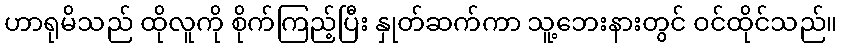
ဟာရုမိသည် ထိုလူကို စိုက်ကြည့်ပြီး နှုတ်ဆက်ကာ သူ့ဘေးနားတွင် ဝင်ထိုင်သည်။